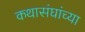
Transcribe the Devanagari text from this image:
कथासंघांच्या